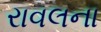
રાવલના